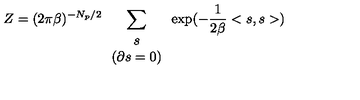
Z = ( 2 \pi \beta ) ^ { - N _ { p } / 2 } \sum _ { \begin{array} { c } { s } \\ { \left( \partial s = 0 \right) } \\ \end{array} } \exp ( - \frac { 1 } { 2 \beta } < s , s > )